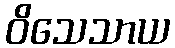
ဝိသေသာယ